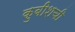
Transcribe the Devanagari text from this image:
कुबीशची